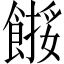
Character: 𩝺